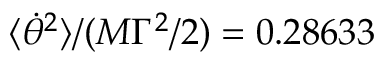
\langle \dot { \theta } ^ { 2 } \rangle / ( M \Gamma ^ { 2 } / 2 ) = 0 . 2 8 6 3 3